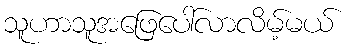
သူဟာသူအဖြေပေါ်လာလိမ့်မယ်